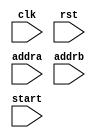
// swap_im.v
// swap with internal memory (im)
module swap (
  input clk,    // Clock
  input rst,  // Synchronous reset active high
  input [3:0] addra,
  input [3:0] addrb,
  input start);

reg [7:0] mema[0:15];
reg [7:0] memb[0:15];


always @(posedge clk) begin
  if (start) begin
    mema[addra] <= memb[addrb];
    memb[addrb] <= mema[addra];
  end
end

endmodule